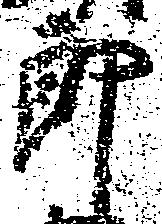
郎